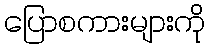
ပြောစကားများကို